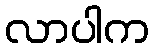
လာပါက